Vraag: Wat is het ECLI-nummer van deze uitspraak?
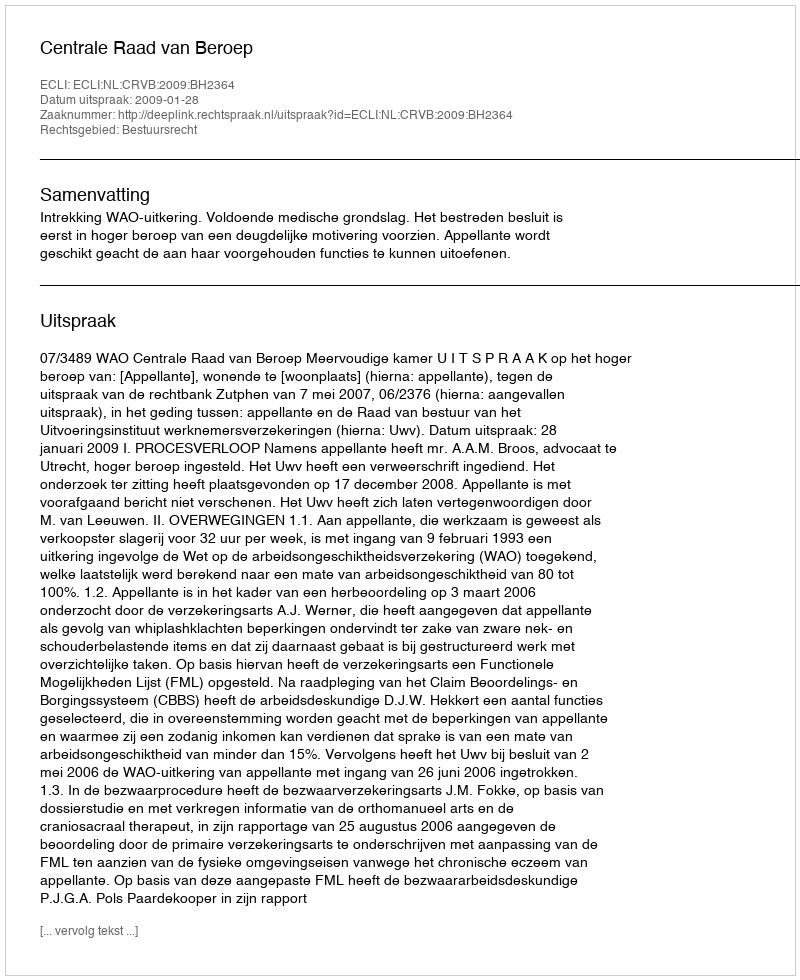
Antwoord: ECLI:NL:CRVB:2009:BH2364